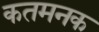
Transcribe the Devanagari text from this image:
कतमनक